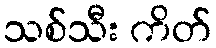
သစ်သီး ကိတ်